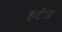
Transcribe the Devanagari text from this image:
हर्टज